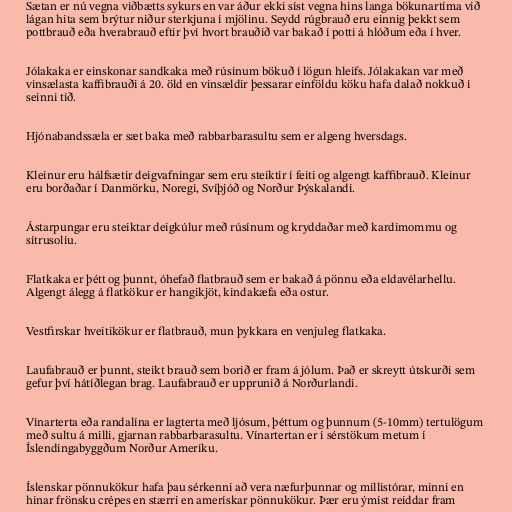
Sætan er nú vegna viðbætts sykurs en var áður ekki síst vegna hins langa bökunartíma við
lágan hita sem brýtur niður sterkjuna í mjölinu. Seydd rúgbrauð eru einnig þekkt sem
pottbrauð eða hverabrauð eftir því hvort brauðið var bakað í potti á hlóðum eða í hver.

Jólakaka er einskonar sandkaka með rúsínum bökuð í lögun hleifs. Jólakakan var með
vinsælasta kaffibrauði á 20. öld en vinsældir þessarar einföldu köku hafa dalað nokkuð í
seinni tíð.

Hjónabandssæla er sæt baka með rabbarbarasultu sem er algeng hversdags.

Kleinur eru hálfsætir deigvafningar sem eru steiktir í feiti og algengt kaffibrauð. Kleinur
eru borðaðar í Danmörku, Noregi, Svíþjóð og Norður Þýskalandi.

Ástarpungar eru steiktar deigkúlur með rúsínum og kryddaðar með kardimommu og
sítrusolíu.

Flatkaka er þétt og þunnt, óhefað flatbrauð sem er bakað á pönnu eða eldavélarhellu.
Algengt álegg á flatkökur er hangikjöt, kindakæfa eða ostur.

Vestfirskar hveitikökur er flatbrauð, mun þykkara en venjuleg flatkaka.

Laufabrauð er þunnt, steikt brauð sem borið er fram á jólum. Það er skreytt útskurði sem
gefur því hátíðlegan brag. Laufabrauð er upprunið á Norðurlandi.

Vínarterta eða randalína er lagterta með ljósum, þéttum og þunnum (5-10mm) tertulögum
með sultu á milli, gjarnan rabbarbarasultu. Vínartertan er í sérstökum metum í
Íslendingabyggðum Norður Ameríku.

Íslenskar pönnukökur hafa þau sérkenni að vera næfurþunnar og millistórar, minni en
hinar frönsku crépes en stærri en amerískar pönnukökur. Þær eru ýmist reiddar fram